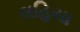
લહિયા